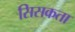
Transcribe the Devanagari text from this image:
सिसकता